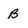
Character: B